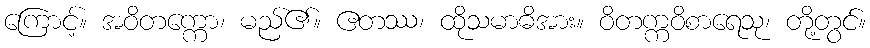
ကြောင့်။ အဝိတက္ကော၊ မည်၏။ ဧတဿ၊ ထိုသမာဓိအား။ ဝိတက္ကဝိစာရေသု၊ တို့တွင်။